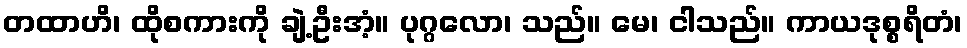
တထာဟိ၊ ထိုစကားကို ချဲ့ဦးအံ့။ ပုဂ္ဂလော၊ သည်။ မေ၊ ငါသည်။ ကာယဒုစ္စရိတံ၊